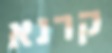
קרנא